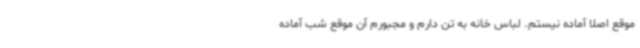
موقع اصلاً آماده نیستم. لباس خانه به تن دارم و مجبورم آن موقع شب آماده